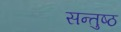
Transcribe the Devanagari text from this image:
सन्तुष्ठ